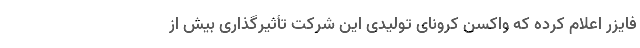
فایزر اعلام کرده که واکسن کرونای تولیدی این شرکت تأثیرگذاری بیش از